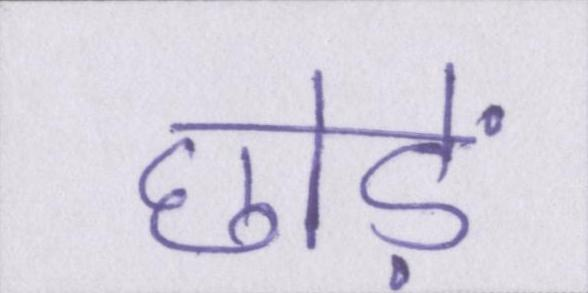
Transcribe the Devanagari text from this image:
छोड़ें